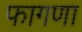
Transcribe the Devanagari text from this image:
फागणा